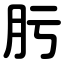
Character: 肟